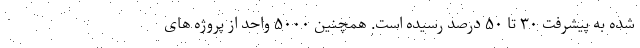
شده به پیشرفت ۳۰ تا ۵۰ درصد رسیده است. همچنین ۵۰۰۰ واحد از پروژه های